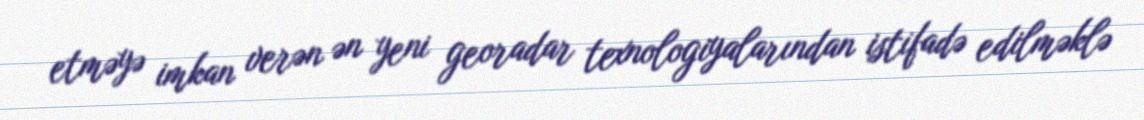
etməyə imkan verən ən yeni georadar texnologiyalarından istifadə edilməklə